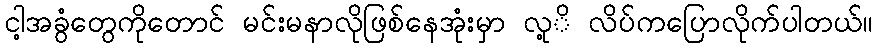
ငါ့အခွံတွေကိုတောင် မင်းမနာလိုဖြစ်နေအုံးမှာ လု့ိ လိပ်ကပြောလိုက်ပါတယ်။